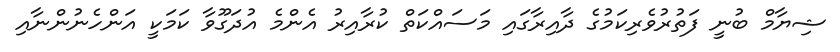
ޝިޔާމް ބުނީ ފަތުރުވެރިކަމުގެ ދާއިރާގައި މަސައްކަތް ކުރާއިރު އެންމެ އުދަގޫވާ ކަމަކީ އަންހެނުންނާއި